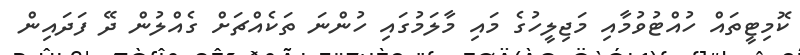
ކޮމިޓީތައް ހުއްޓުވުމާއި މަޖިލީހުގެ މައި މާލަމުގައި ހުންނަ ތަކެއްޗަށް ގެއްލުން ދޭ ފަދައިން